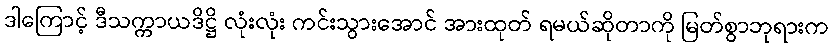
ဒါကြောင့် ဒီသက္ကာယဒိဋ္ဌိ လုံးလုံး ကင်းသွားအောင် အားထုတ် ရမယ်ဆိုတာကို မြတ်စွာဘုရားက